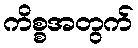
ကိစ္စအတွက်